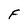
Character: F